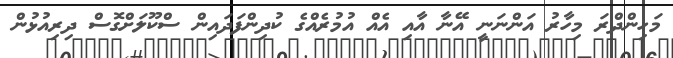
މަހިންދްރަ މިހާރު އަންނަނީ އޭނާ އާއި އެއް އުމުރެއްގެ ކުދިންފަދައިން ސްކޫލަށްގޮސް ދިރިއުޅުން